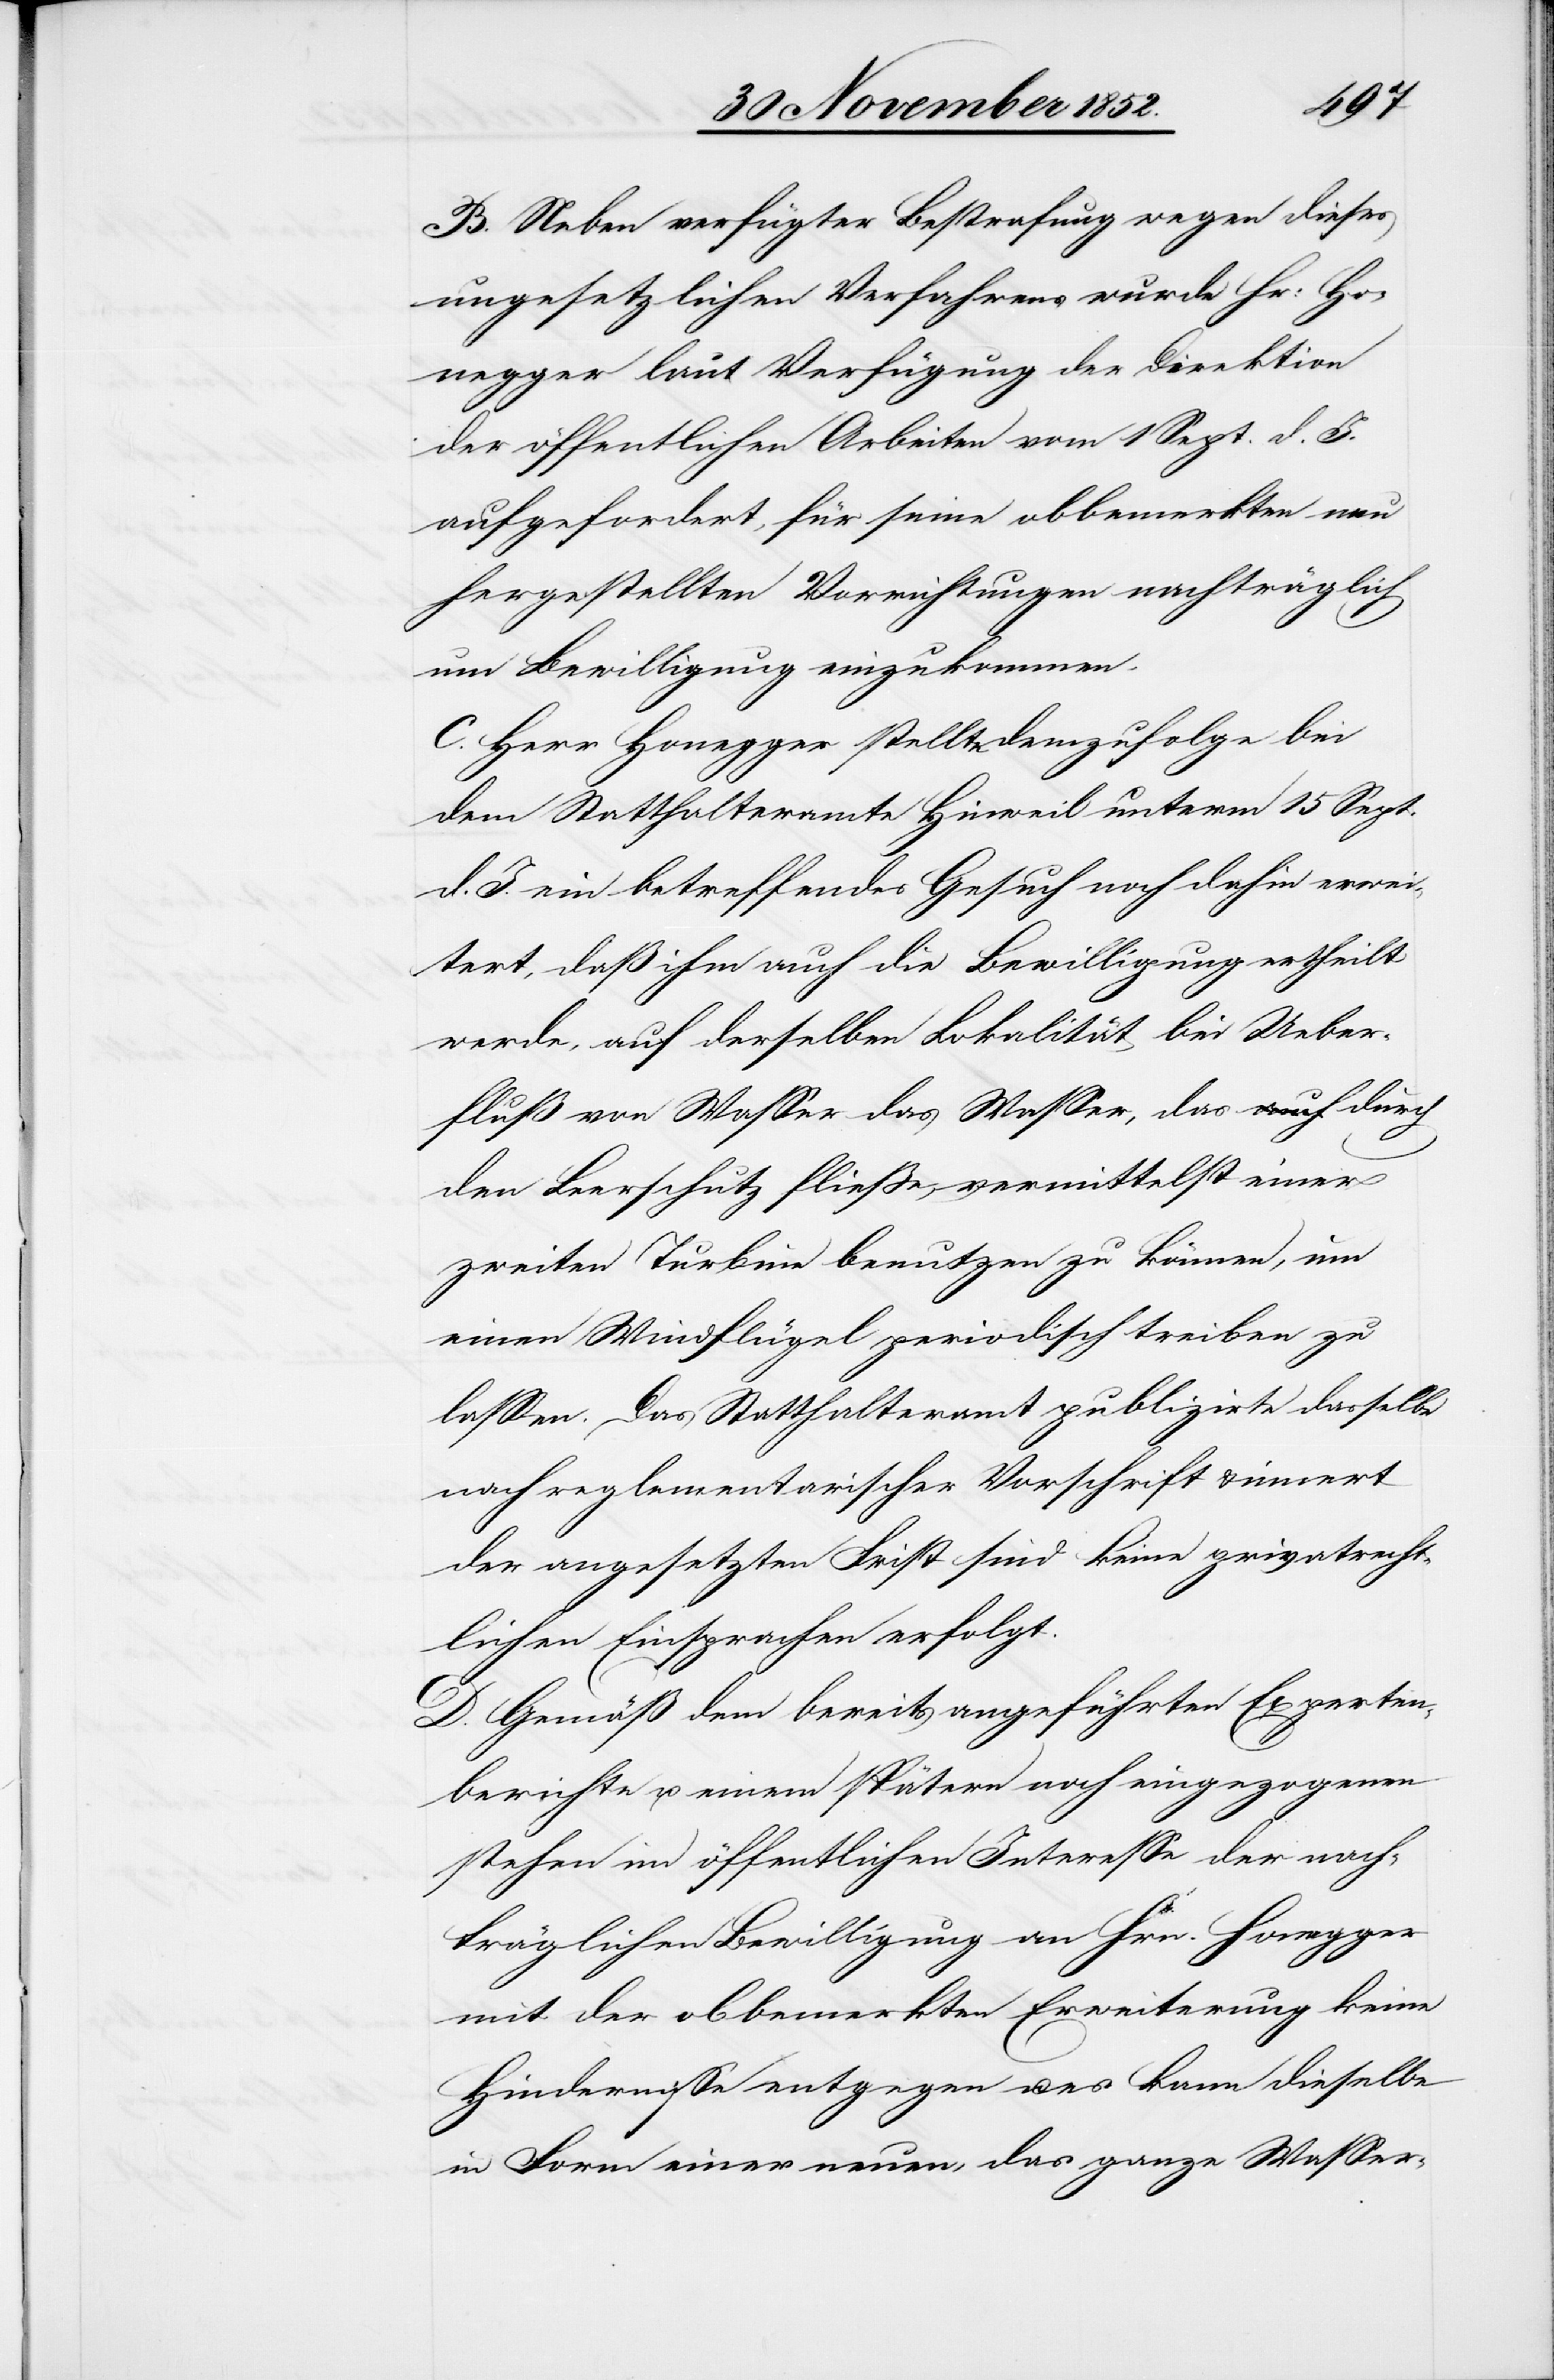
B. Neben verfügter Bestrafung wegen dieses
ungesetzlichen Verfahrens wurde Hr: Ho¬
negger laut Verfügung der Direktion
der öffentlichen Arbeiten vom 1 Sept. d. J.
aufgefordert, für seine obbemerkten neu
hergestellten Vorrichtungen nachträglich
um Bewilligung einzukommen.
C. Herr Honegger stellte demzufolge bei
dem Statthalteramte Hinweil unterm 15 Sept.
d. J. ein betreffendes Gesuch noch dahin erwei¬
tert, daß ihm auch die Bewilligung ertheilt
werde, auf derselben Lokalität bei Ueber¬
fluß von Wasser das Wasser, das a-auch-a durch
den Leerschutz fließe, vermittelst einer
zweiten Turbine benutzen zu können, um
einen Windflügel periodisch treiben zu
lassen. Das Statthalteramt publizirte dasselbe
nach reglementarischer Vorschrift & innert
der angesetzten Frist sind keine privatrecht¬
lichen Einsprachen erfolgt.
D. Gemäß dem bereits angeführten Experten¬
berichte u. einem spätern noch eingezogenen
stehen im öffentlichen Interesse der nach¬
träglichen Bewilligung an Hrn. Honegger
mit der obbemerkten Erweiterung keine
Hindernisse entgegen u. es kann dieselbe
in Form einer neuen, das ganze Wasser-